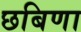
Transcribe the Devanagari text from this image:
छबिणा